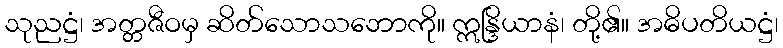
သုညဋ္ဌံ၊ အတ္တဇီဝမှ ဆိတ်သောသဘောကို။ ဣန္ဒြိယာနံ၊ တို့၏။ အဓိပတိယဋ္ဌံ၊